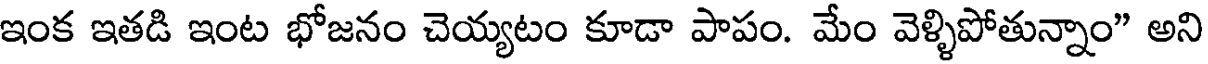
ఇంక ఇతడి ఇంట భోజనం చెయ్యటం కూడా పాపం. మేం వెళ్ళిపోతున్నాం" అని